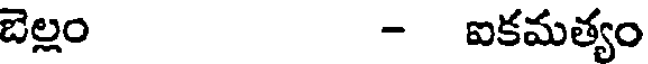
బెల్లం - ఐకమత్యం